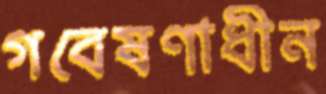
গবেষণাধীন